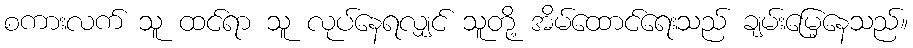
စကားလက် သူ ထင်ရာ သူ လုပ်နေရလျှင် သူတို့ အိမ်ထောင်ရေးသည် ချမ်းမြေ့နေသည်။